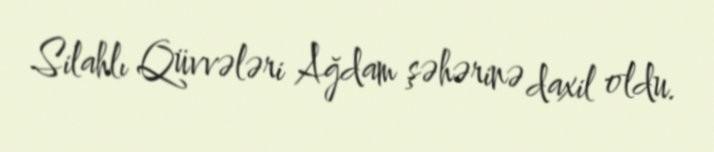
Silahlı Qüvvələri Ağdam şəhərinə daxil oldu.